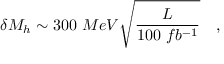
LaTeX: \delta M _ { h } \sim 3 0 0 ~ M e V \sqrt { { \frac { \cal L } { 1 0 0 ~ f b ^ { - 1 } } } } \quad ,